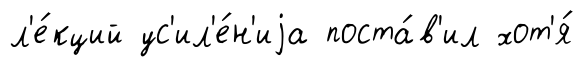
л'е́кций ус'ил'е́н'иjа поста́в'ил хот'я́